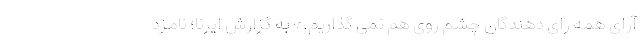
آرای همه رای دهندگان چشم روی هم نمی گذاریم.» به گزارش ایرنا؛ نامزد